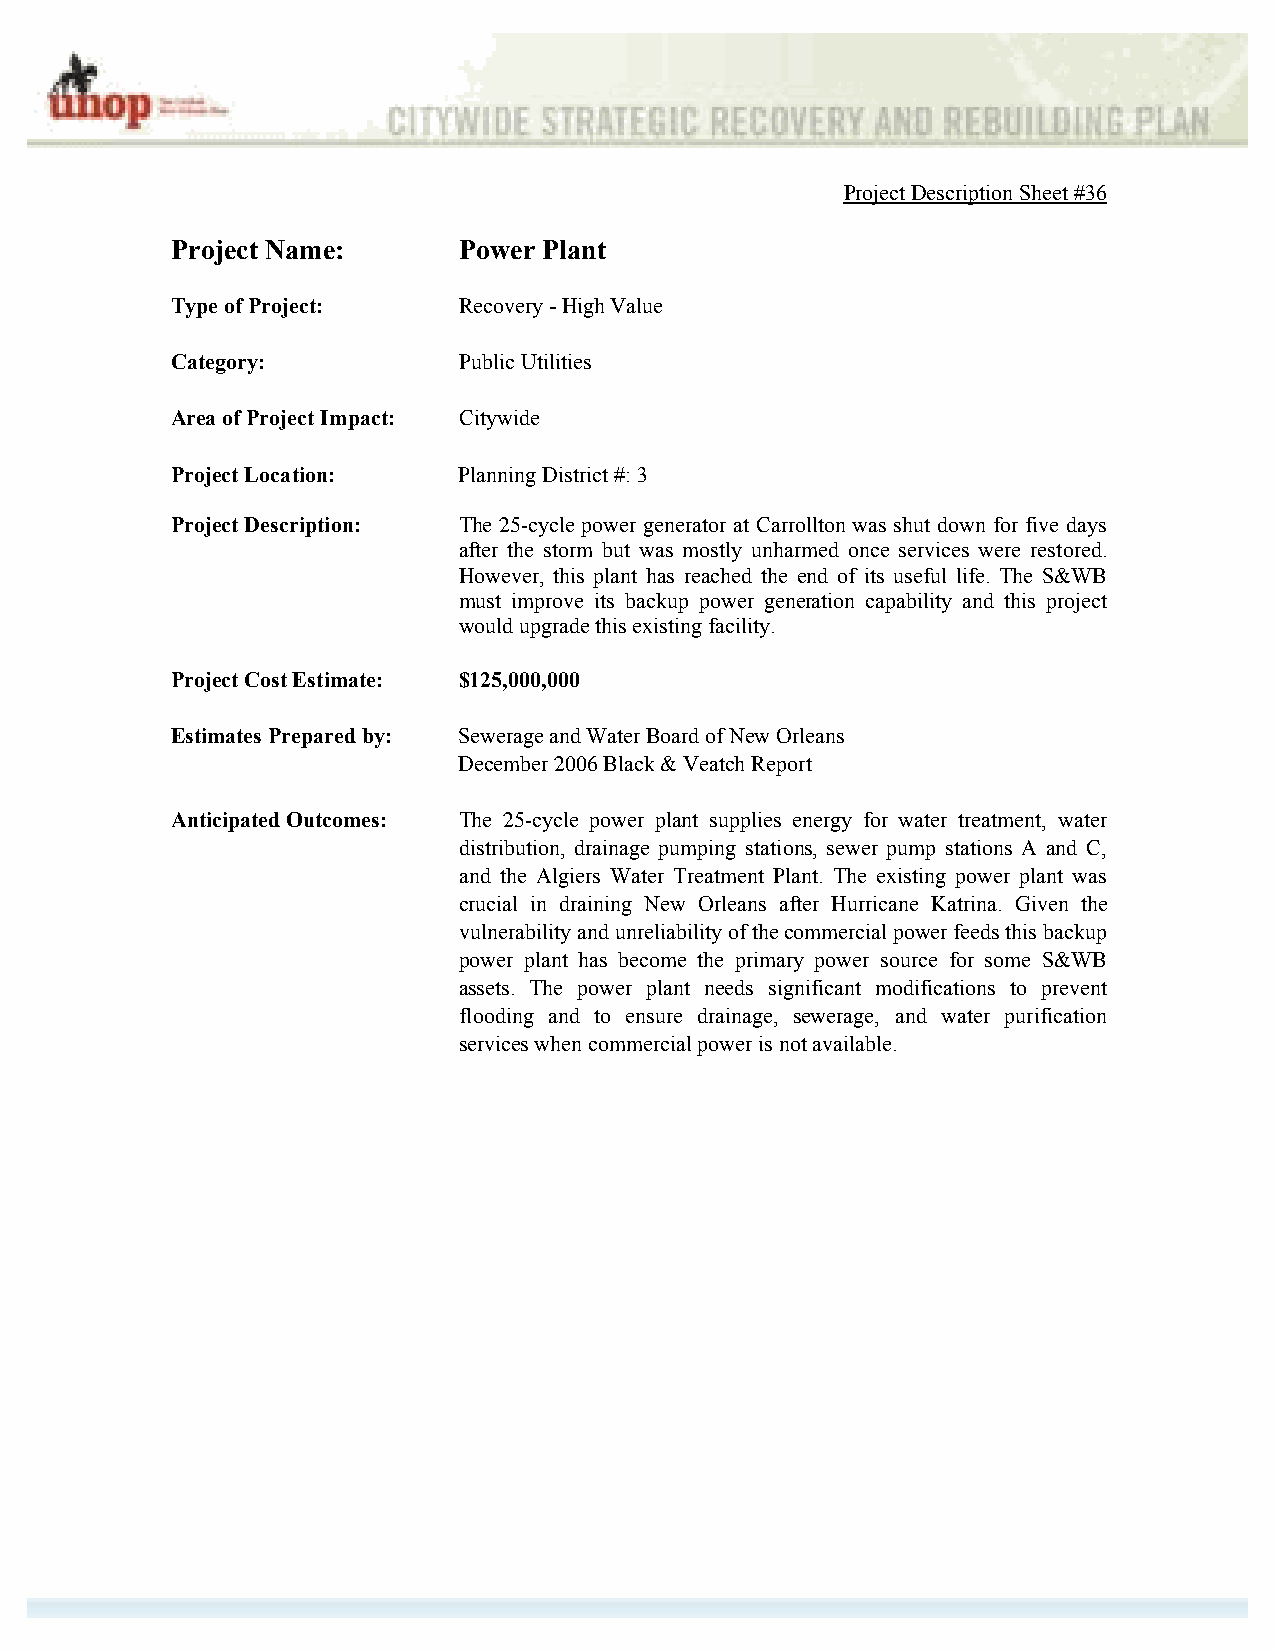
Project Description Sheet #36
 Project Name:      Power Plant
 Type of Project:   Recovery - High Value
 Category:          Public Utilities
 Area of Project Impact: Citywide
 Project Location:  Planning District #: 3
 Project Description: The 25-cycle power generator at Carrollton was shut down for five days
 after the storm but was mostly unharmed once services were restored.
 However, this plant has reached the end of its useful life. The S&WB
 must improve its backup power generation capability and this project
 would upgrade this existing facility.
 Project Cost Estimate: $125,000,000
 Estimates Prepared by: Sewerage and Water Board of New Orleans
 December 2006 Black & Veatch Report
 Anticipated Outcomes: The 25-cycle power plant supplies energy for water treatment, water
 distribution, drainage pumping stations, sewer pump stations A and C,
 and the Algiers Water Treatment Plant. The existing power plant was
 crucial in draining New Orleans after Hurricane Katrina. Given the
 vulnerability and unreliability of the commercial power feeds this backup
 power plant has become the primary power source for some S&WB
 assets. The power plant needs significant modifications to prevent
 flooding and to ensure drainage, sewerage, and water purification
 services when commercial power is not available.